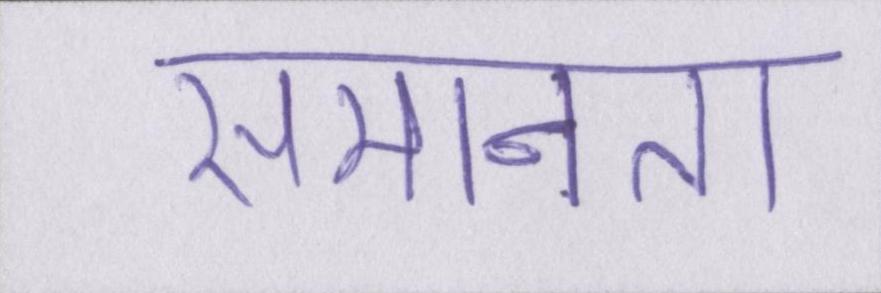
समानता